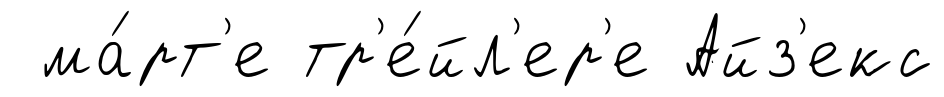
ма́рт'е тр'е́йл'ер'е Айз'екс